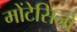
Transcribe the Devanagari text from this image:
मोंटेसिनो